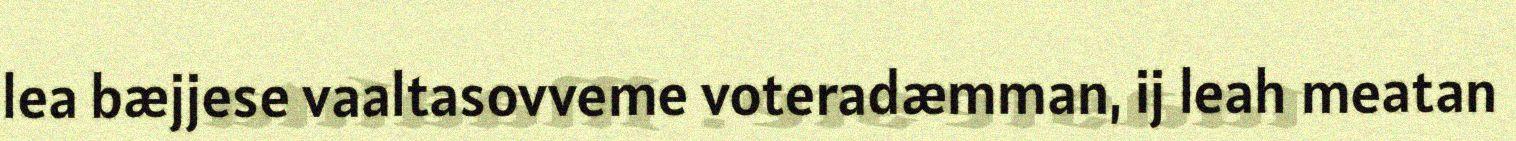
lea bæjjese vaaltasovveme voteradæmman, ij leah meatan